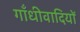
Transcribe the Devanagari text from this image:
गाँधीवादियों